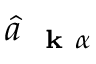
\hat { a } _ { \mathrm { ~ \bf ~ k ~ } \alpha }